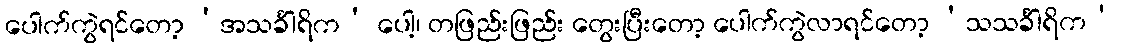
ပေါက်ကွဲရင်တော့ ‘အသင်္ခါရိက’ ပေါ့၊ တဖြည်းဖြည်း တွေးပြီးတော့ ပေါက်ကွဲလာရင်တော့ ‘သသင်္ခါရိက’